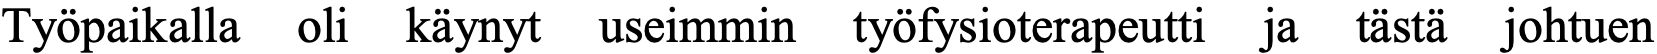
Työpaikalla oli käynyt useimmin työfysioterapeutti ja tästä johtuen